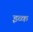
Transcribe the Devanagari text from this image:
इव्क